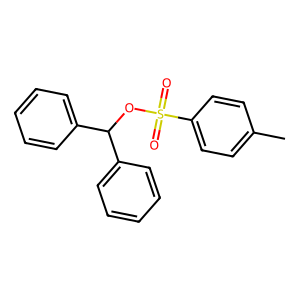
SMILES: Cc1ccc(S(=O)(=O)OC(c2ccccc2)c2ccccc2)cc1
Inhibits HIV replication: No